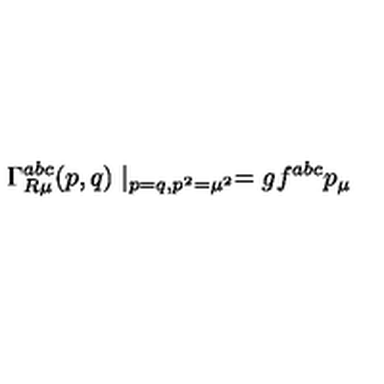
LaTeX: \Gamma _ { R \mu } ^ { a b c } ( p , q ) \mid _ { p = q , p ^ { 2 } = \mu ^ { 2 } } = g f ^ { a b c } p _ { \mu }